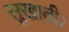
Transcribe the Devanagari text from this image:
सूखाती।